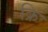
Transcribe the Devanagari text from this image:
क्रि